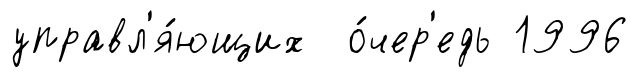
управл'я́ющих о́чер'едь 1996